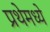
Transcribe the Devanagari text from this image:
प्रथेमध्ये